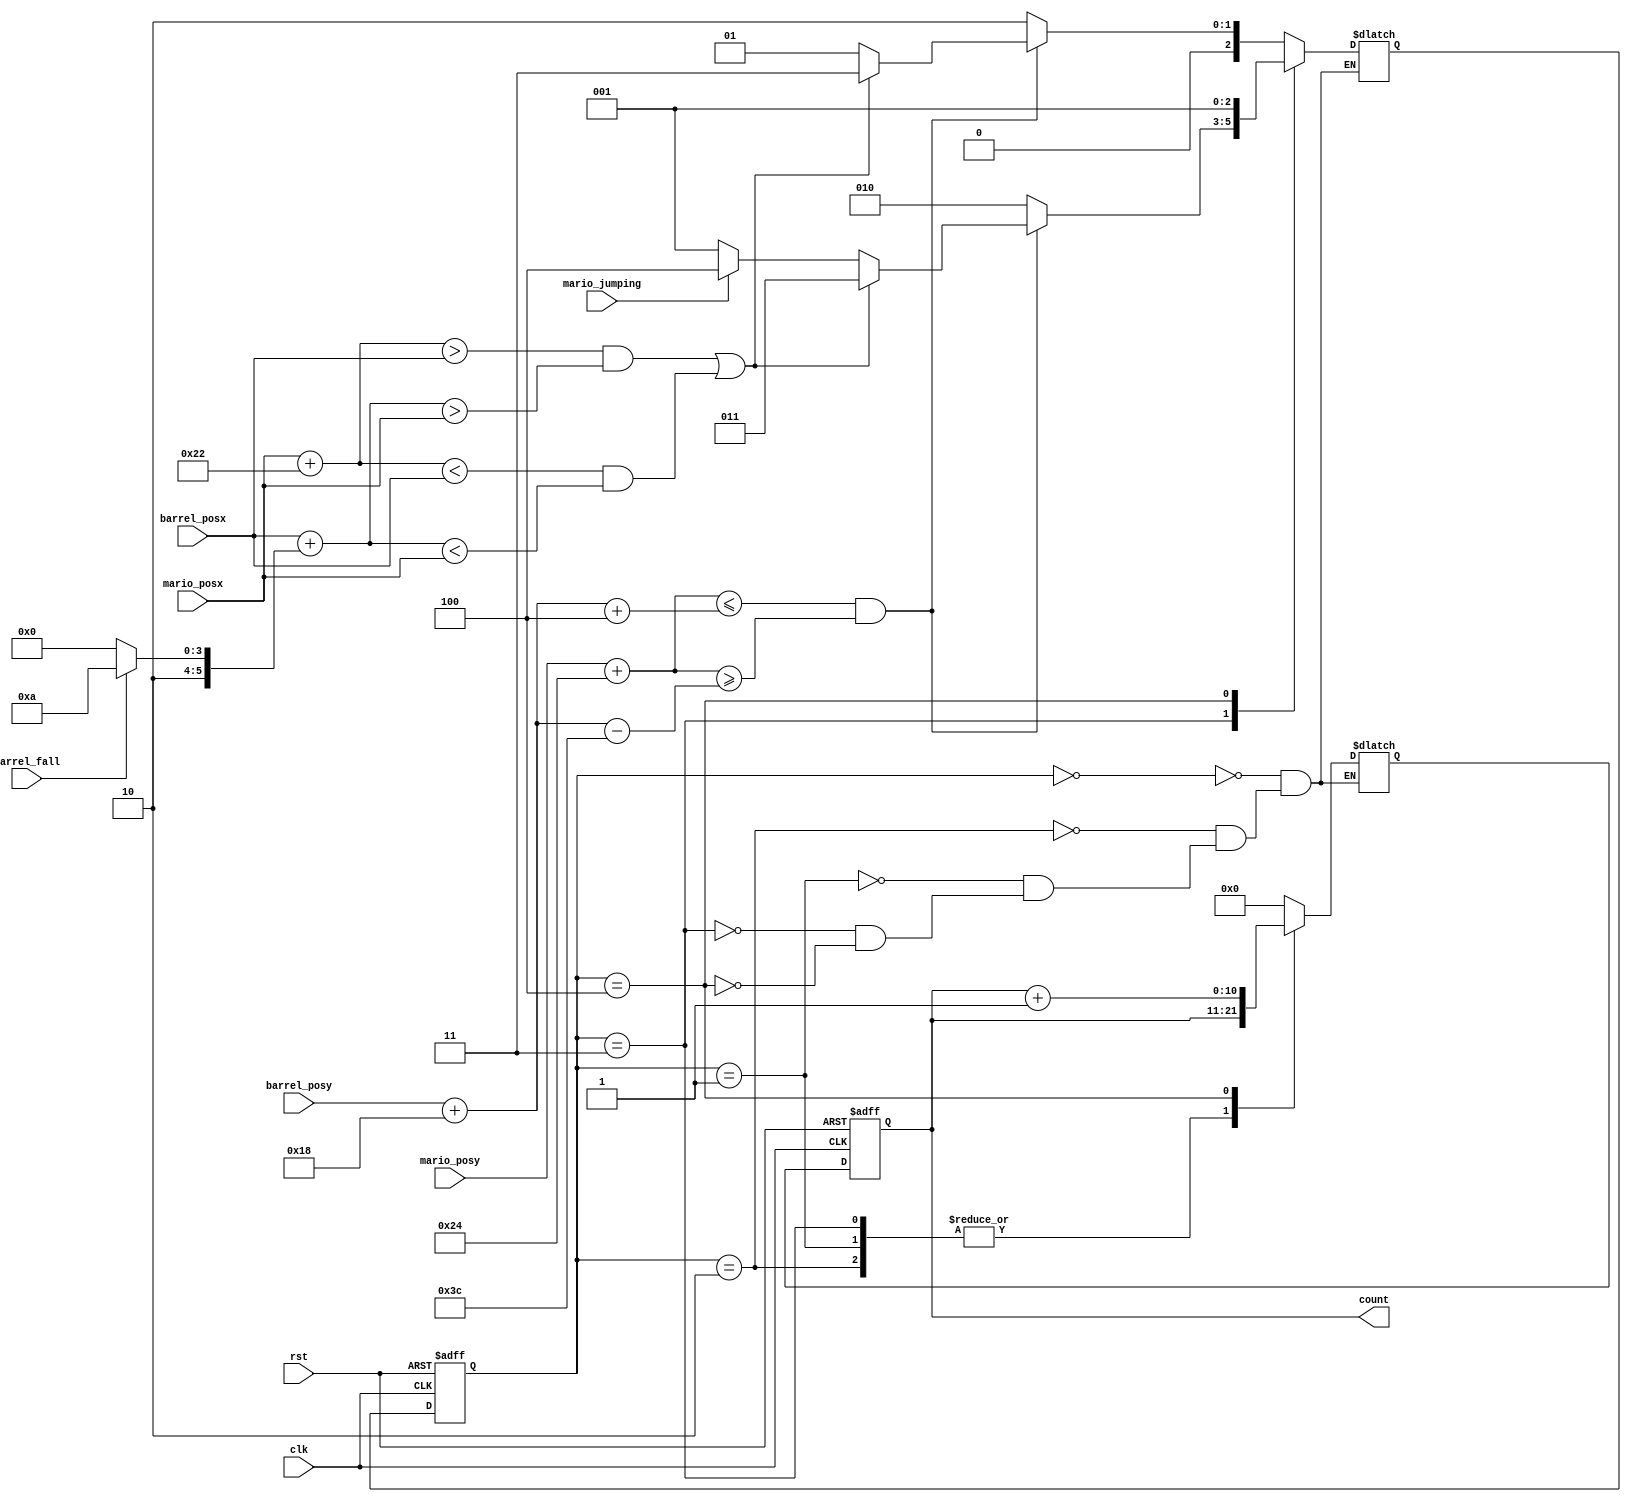
module score(
    input wire clk,  //clock signal
    input wire rst,  //reset signal
    input wire[9:0] mario_posx, barrel_posx,  //object position
    input wire[8:0] mario_posy, barrel_posy,
    input wire barrel_fall,  //barrel state
    input wire mario_jumping,  //mairo state
    output reg[10:0] count
);
    localparam[2:0] same_floor_no_intersection = 3'b001, start = 3'b000,
        different_floor = 3'b010, same_floor_with_intersection = 3'b011, goal = 3'b100;  //score state
    localparam[9:0] mario_width = 34, barrel_fall_width = 42, barrel_roll_width = 32;  //object size.
    localparam[8:0] mario_height = 36, barrel_height = 24, jump_height = 60;

    wire same_floor;  //if in same floor
    wire intersection;  //if intersection in x
    wire[9:0] barrel_posx1,barrel_posx2,mario_posx1,mario_posx2;
    wire[8:0] barrel_bottom, mario_bottom;
    reg[10:0] count_next;
    reg[2:0] state, state_next;

    initial begin  //initialize
        count_next <= 0;
        count <= 0;
        state <= 0;
        state_next <= 0;
    end

    assign barrel_posx1 = barrel_posx;
    assign barrel_posx2 = barrel_posx + (barrel_fall ? barrel_fall_width : barrel_roll_width);  //barrel pos x right
    assign mario_posx1 = mario_posx;
    assign mario_posx2 = mario_posx + mario_width;  //mario right pos
    assign barrel_bottom = barrel_posy + barrel_height;
    assign mario_bottom = mario_posy + mario_height;
    assign same_floor = mario_bottom <= barrel_bottom + 4 & mario_bottom >= barrel_bottom - jump_height;  //same floor
    assign intersection = (mario_posx2 > barrel_posx1 & barrel_posx2 > mario_posx1)  //intersection in x
    | (mario_posx2 < barrel_posx1 & barrel_posx2 < mario_posx1);

    always @(posedge clk, posedge rst)  //state transform
    begin
        if(rst)
        begin
            count <= 0;
            state <= start;
        end
        else begin
            count <= count_next;
            state <= state_next;
        end
    end

    always @(*) begin  //state transform
        case (state)
			 start:
			 begin
				count_next <= 0;
				if(same_floor)
                state_next <= intersection ? same_floor_with_intersection : same_floor_no_intersection;
            else
                state_next <= different_floor;
			 end
          different_floor:  //different floor -> same floor
			 begin
				count_next <= count;
            if(same_floor)
                state_next <= intersection ? same_floor_with_intersection : same_floor_no_intersection;
            else
                state_next <= different_floor;
			 end
          same_floor_no_intersection:  //judge intersection
			 begin
				count_next <= count;
            if(same_floor)
                state_next <= intersection ? same_floor_with_intersection : same_floor_no_intersection;
            else
                state_next <= different_floor;
			 end
          same_floor_with_intersection:  //flying above barrel
			 begin
				count_next <= count;
            if(same_floor)
                state_next <=  intersection ? same_floor_with_intersection :  //flying or safe
                 (mario_jumping ? goal : same_floor_no_intersection);
            else
                state_next <= different_floor;
			 end
          goal: 
            begin
                count_next <= count + 1;  //in goal score + 1
                state_next <= same_floor_no_intersection;  //return to origin state
            end
        endcase
    end
endmodule